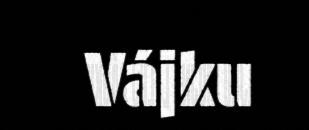
Vájku